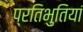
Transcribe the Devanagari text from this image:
प्रतिभुतियां